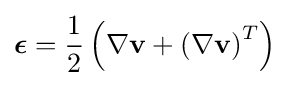
{\boldsymbol {\epsilon }}={\frac {1}{2}}\left(\nabla \mathbf {v} +\left(\nabla \mathbf {v} \right)^{T}\right)